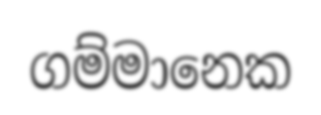
ගම්මානෙක